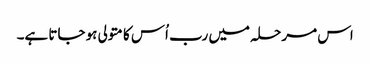
اس مرحلہ میں رب اُس کا متولی ہو جاتا ہے۔